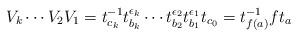
LaTeX: \begin{align*}V_k \cdots V_2 V_1&= t_{c_k}^{-1} t_{b_k}^{\epsilon_k} \cdots t_{b_2}^{\epsilon_2} t_{b_1}^{\epsilon_1} t_{c_0} =t_{f(a)}^{-1}ft_a \end{align*}